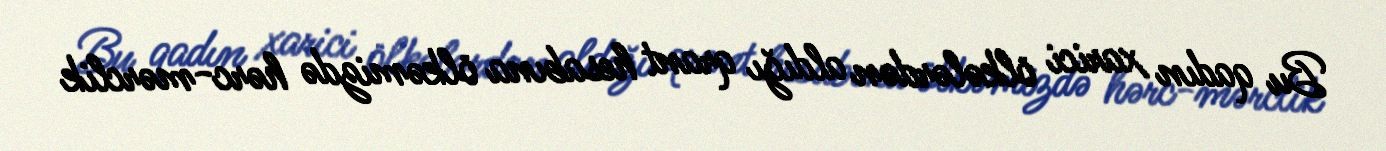
Bu qadın xarici ölkələrdən aldığı qrant hesabına ölkəmizdə hərc-mərclik